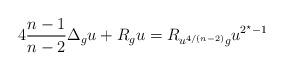
LaTeX: \begin{align*} 4\frac{n-1}{n-2} \Delta_g u + R_g u = R_{u^{4/(n-2)}g} u^{2^\star -1}\end{align*}